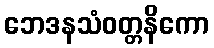
ဘေဒနသံဝတ္တနိကော